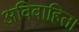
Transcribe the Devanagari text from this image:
अविवाहित।